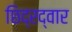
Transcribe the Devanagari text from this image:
छिद्रद्वार